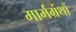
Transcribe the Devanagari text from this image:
मार्मग्रंथों